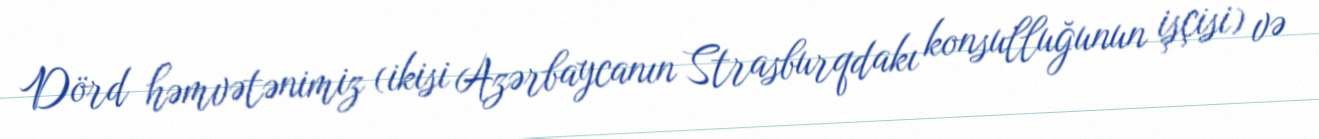
Dörd həmvətənimiz (ikisi Azərbaycanın Strasburqdakı konsulluğunun işçisi) və